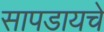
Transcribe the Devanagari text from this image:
सापडायचे